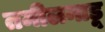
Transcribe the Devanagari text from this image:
तमीलनाडू